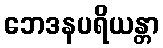
ဘေဒနပရိယန္တာ